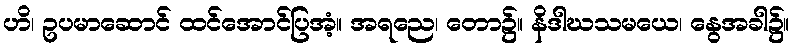
ဟိ၊ ဥပမာဆောင် ထင်အောင်ပြအံ့။ အရညေ၊ တော၌။ နိဒါဃသမယေ၊ နွေအခါ၌။